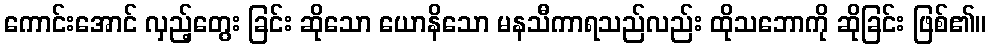
ကောင်းအောင် လှည့်တွေး ခြင်း ဆိုသော ယောနိသော မနသီကာရသည်လည်း ထိုသဘောကို ဆိုခြင်း ဖြစ်၏။